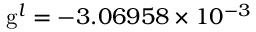
\mathrm { g } ^ { l } = - 3 . 0 6 9 5 8 \times 1 0 ^ { - 3 }